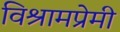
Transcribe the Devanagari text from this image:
विश्रामप्रेमी